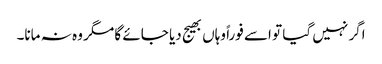
اگر نہیں گیا تو اسے فوراً وہاں بھیج دیا جائے گا مگر وہ نہ مانا۔